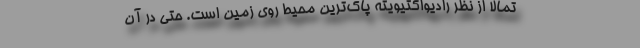
تمالاً از نظر رادیواکتیویته پاک‌ترین محیط روی زمین است. حتی در آن